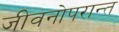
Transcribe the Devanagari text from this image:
जीवनोपरान्त